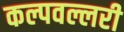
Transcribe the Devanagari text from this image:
कल्पवल्लरी